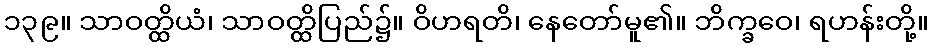
၁၃၉။ သာဝတ္ထိယံ၊ သာဝတ္ထိပြည်၌။ ဝိဟရတိ၊ နေတော်မူ၏။ ဘိက္ခဝေ၊ ရဟန်းတို့။